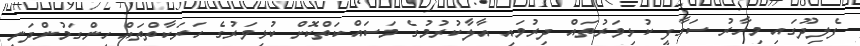
ފެލިދޫގައި މިހާރު ސަގާފީ ކުޅިވަރުތައް ދިރުވައި އާލާކުރުމުގެ މަސައްކަތްކޮށް ކުޅިވަރުގެ ހަރަކާތްތައް ހިންގަމުންދަނީ